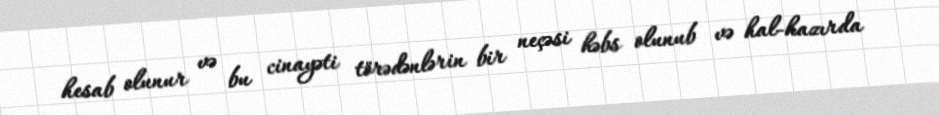
hesab olunur və bu cinayəti törədənlərin bir neçəsi həbs olunub və hal-hazırda